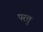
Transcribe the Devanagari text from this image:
परत्तु